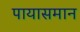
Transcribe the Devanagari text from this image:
पायासमान